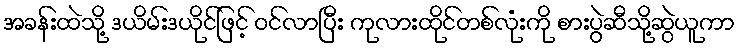
အခန်းထဲသို့ ဒယိမ်းဒယိုင်ဖြင့် ဝင်လာပြီး ကုလားထိုင်တစ်လုံးကို စားပွဲဆီသို့ဆွဲယူကာ